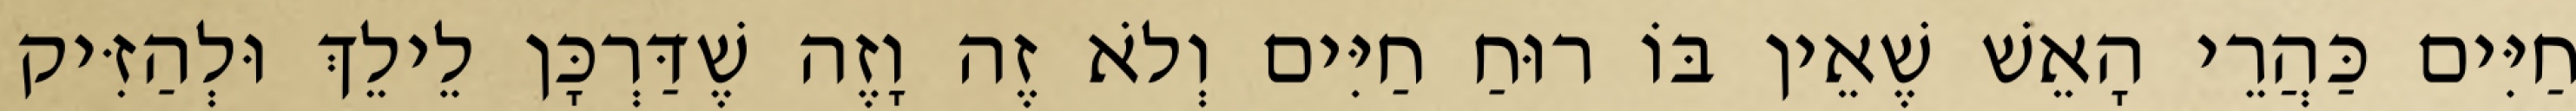
חַיִּים כַּהֲרֵי הָאֵשׁ שֶׁאֵין בּוֹ רוּחַ חַיִּים וְלֹא זֶה וָזֶה שֶׁדַּרְכָּן לֵילֵךְ וּלְהַזִּיק